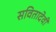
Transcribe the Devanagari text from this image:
सवितादेवी